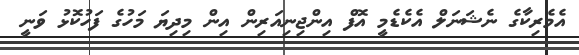
އެމެރިކާގެ ނެޝަނަލް އެކެޑެމީ އޮފް އިންޖިނިއަރިން އިން މިދިޔަ މަހުގެ ފަހުކޮޅު ވަނީ